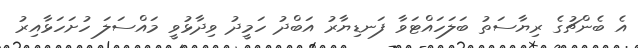
އެ ބެންޗުގެ ރިޔާސަތު ބަލަހައްޓަވާ ފަނޑިޔާރު އަބްދު ހަމީދު ވިދާޅުވީ މައްސަލަ ހުށަހަޅާއިރު